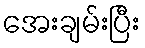
အေးချမ်းပြီး